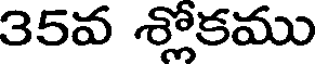
35వ శ్లోకము